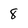
Character: 8